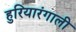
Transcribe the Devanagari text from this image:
हुरियारंगाली